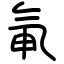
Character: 氠